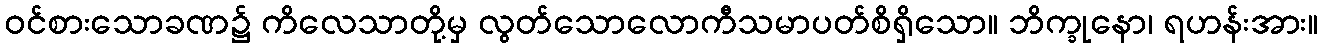
ဝင်စားသောခဏ၌ ကိလေသာတို့မှ လွတ်သောလောကီသမာပတ်စိရှိသော။ ဘိက္ခုနော၊ ရဟန်းအား။